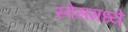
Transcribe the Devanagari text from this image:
स्पेसमध्ये